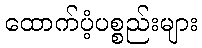
ထောက်ပံ့ပစ္စည်းများ